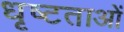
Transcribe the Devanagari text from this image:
धृष्टताओं